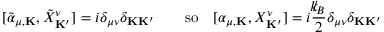
[ { \tilde { \alpha } } _ { \mu , { \bf K } } , { \tilde { X } } _ { \bf K ^ { \prime } } ^ { \nu } ] = i \delta _ { \mu \nu } \delta _ { { \bf K } { \bf K ^ { \prime } } } \qquad \mathrm { s o } \quad [ \alpha _ { \mu , { \bf K } } , X _ { \bf K ^ { \prime } } ^ { \nu } ] = i \frac { { \slash \! \! \! k } _ { \! { B } } } { 2 } \delta _ { \mu \nu } \delta _ { { \bf K } { \bf K ^ { \prime } } }